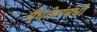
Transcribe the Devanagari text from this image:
वैधतेसंबंधी